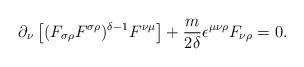
LaTeX: \begin{align*}\partial_{\nu } \left[ (F_{\sigma \rho }F^{\sigma \rho } )^{\delta -1} F^{\nu \mu} \right] +\frac{m}{2 \delta } \epsilon^{\mu \nu \rho } F_{\nu \rho } =0.\end{align*}